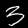
Label: 3